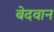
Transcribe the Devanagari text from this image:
बेदवान